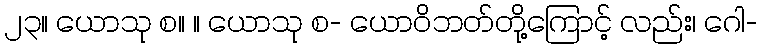
၂၃။ ယောသု စ။ ။ ယောသု စ- ယောဝိဘတ်တို့ကြောင့် လည်း၊ ဂေါ-